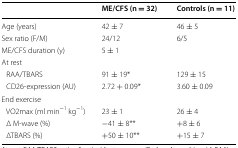
|  | ME/CFS (n = 32) | Controls (n = 11) |
 | --- | --- | --- |
 | Age (years) | 42 ± 7 | 46 ± 5 |
 | Sex ratio (F/M) | 24/12 | 6/5 |
 | ME/CFS duration (y) | 5 ± 1 |  |
 | <COLSPAN=3> At rest |
 | RAA/TBARS | 91 ± 19* | 129 ± 15 |
 | CD26-expression (AU) | 2.72 + 0.09* | 3.60 ± 0.09 |
 | End exercise |  |  |
 | VO2max (ml min−1 kg−1) | 23 ± 1 | 26 ± 4 |
 | Δ M-wave (%) | −41 ± 8** | +8 ± 6 |
 | ΔTBARS (%) | +50 ± 10** | +15 ± 7 |